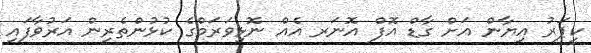
ކީޕަރު އިޔާން އަށް ގާޑް އޮފް އޮނަރ އެއް ނޮޅިވަރަމްގެ ކުޅުންތެރިން އަރުވާފައި